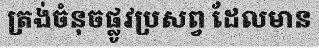
ត្រង់ចំនុចផ្លូវប្រសព្វ ដែលមាន